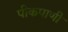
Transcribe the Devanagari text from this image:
पीकपाणी